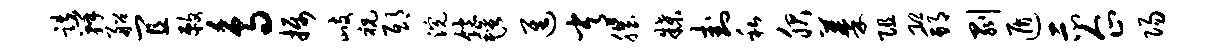
跌瓣船宜敕鸟摄歧祝邸浣饱毡进常肌牒卦私服蓁阻恐邦剥遁示企阳